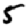
Digit: 5